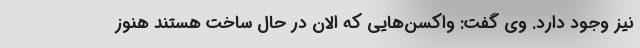
نیز وجود دارد. وی گفت: واکسن‌هایی که الان در حال ساخت هستند هنوز